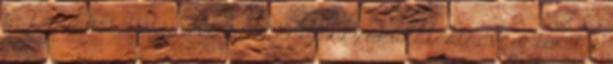
ki fényüket, befejezve éjszakai műszakukat, átadva a teret a